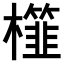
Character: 𣞯